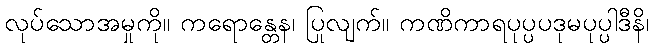
လုပ်သောအမှုကို။ ကရောန္တေန၊ ပြုလျက်။ ကဏိကာရပုပ္ပပဒုမပုပ္ပါဒီနိ၊